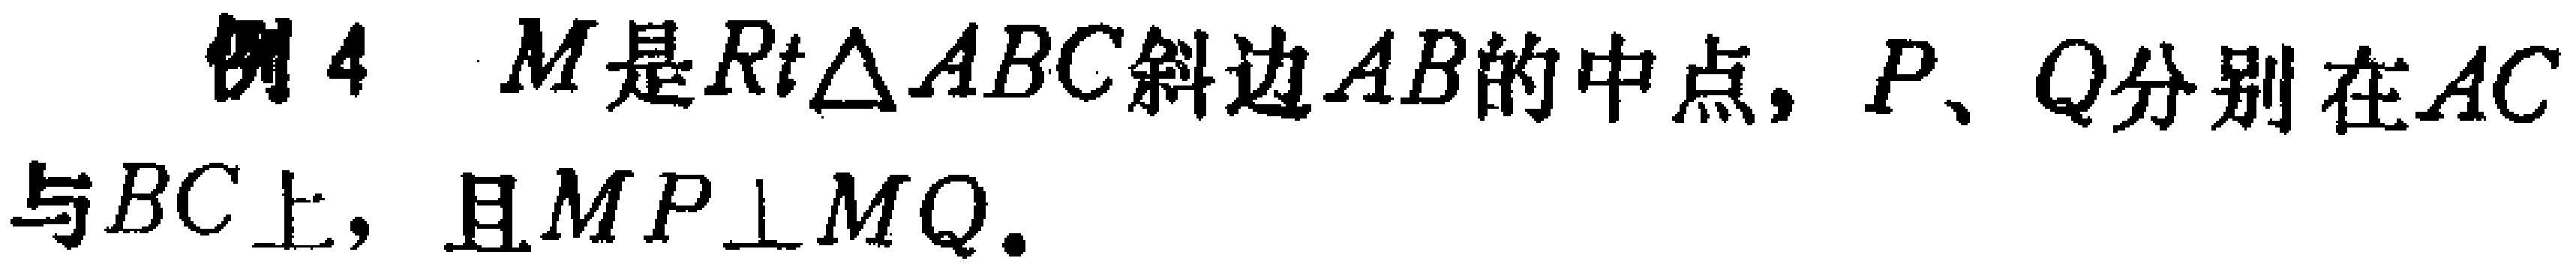
例4 \(M\)是\(Rt\triangle ABC\)斜边\(AB\)的中点，\(P\)、\(Q\)分别在\(AC\)与\(BC\)上，且\(MP\perp MQ\)。